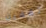
تقفين